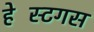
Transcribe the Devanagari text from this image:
हेस्टिंगस